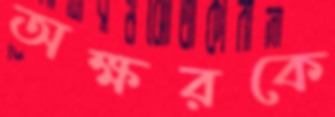
অক্ষরকে